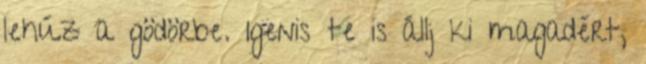
lehúz a gödörbe. Igenis te is állj ki magadért,